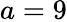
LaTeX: a=9